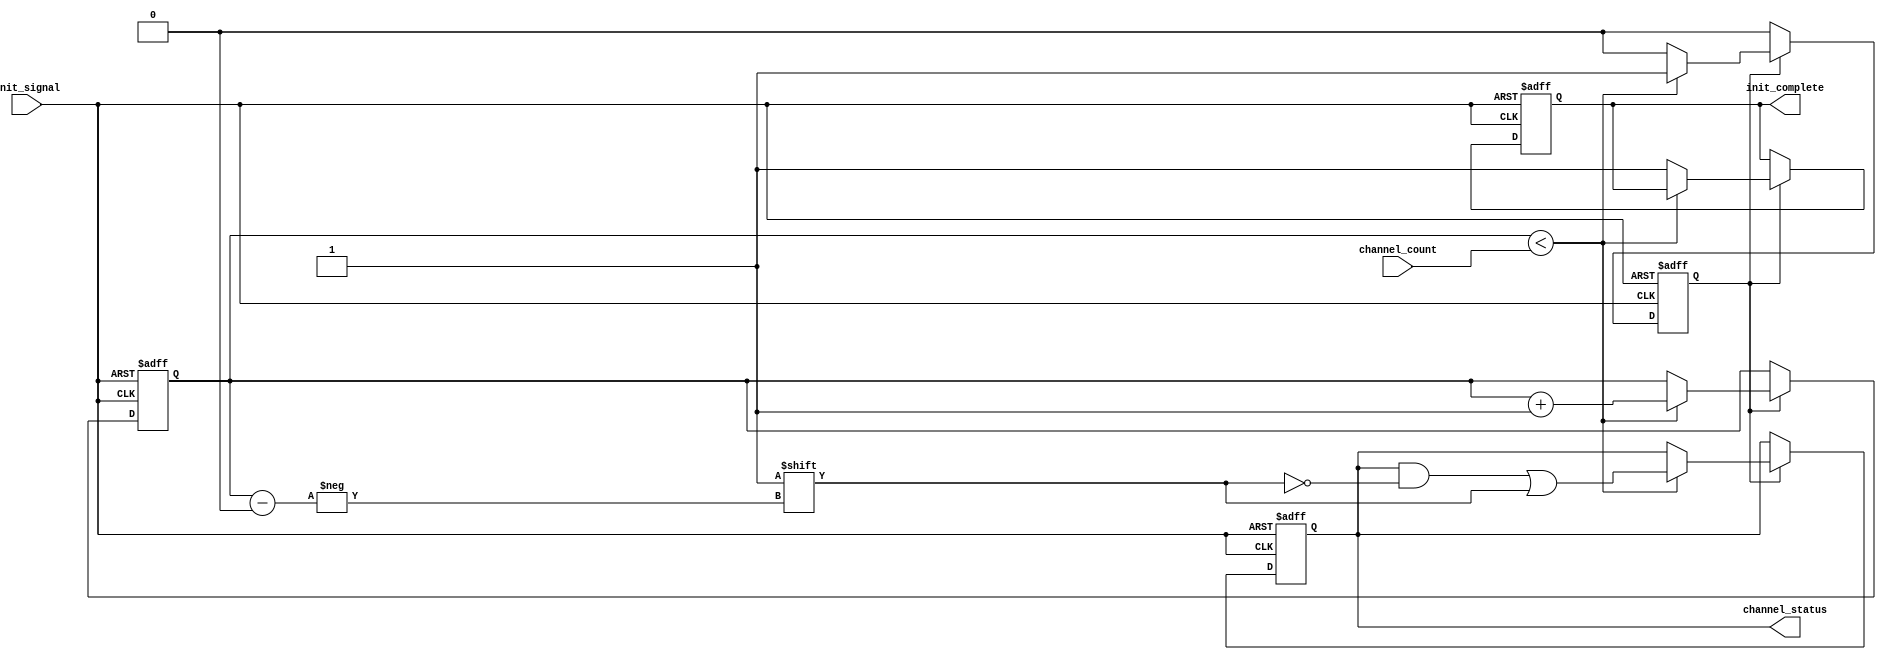
module multi_channel_initialization #(
    parameter MAX_CHANNELS = 8 // Maximum number of channels
)(
    input wire init_signal,                  // Control signal to trigger initialization
    input wire [3:0] channel_count,          // Number of channels to initialize (up to 15)
    output reg [MAX_CHANNELS-1:0] channel_status, // Status of each channel (initialized or not)
    output reg init_complete                  // Indicates if initialization is complete
);

    reg [MAX_CHANNELS-1:0] channel_state;    // Current state of each channel
    reg [3:0] channel_index;                  // Index for iterating through channels
    reg initializing;                         // Flag to indicate if we are in the initialization process

    // Initialization process
    always @(posedge init_signal or negedge init_signal) begin
        if (init_signal) begin
            initializing <= 1'b1;             // Start initialization
            init_complete <= 1'b0;            // Reset complete signal
            channel_status <= {MAX_CHANNELS{1'b0}}; // Clear channel status
            channel_state <= {MAX_CHANNELS{1'b0}}; // Clear channel state
            channel_index <= 0;                // Start from the first channel
        end else if (initializing) begin
            if (channel_index < channel_count) begin
                // Simulate channel initialization
                channel_state[channel_index] <= 1'b1; // Set channel to initialized state
                channel_status[channel_index] <= 1'b1; // Update status to initialized
                channel_index <= channel_index + 1; // Move to the next channel
            end else begin
                // All channels initialized
                initializing <= 1'b0;            // End initialization
                init_complete <= 1'b1;           // Set complete signal
            end
        end
    end

endmodule